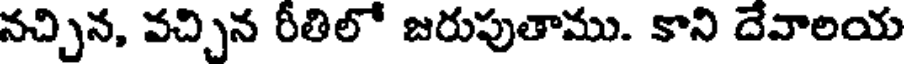
నచ్చిన, వచ్చిన రీతిలో జరుపుతాము. కాని దేవాలయ